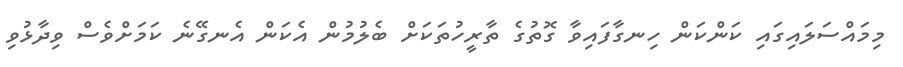
މިމައްސަލައިގައި ކަންކަން ހިނގާފައިވާ ގޮތުގެ ތާރީހުތަކަށް ބެލުމުން އެކަން އެނގޭނެ ކަމަށްވެސް ވިދާޅުވި